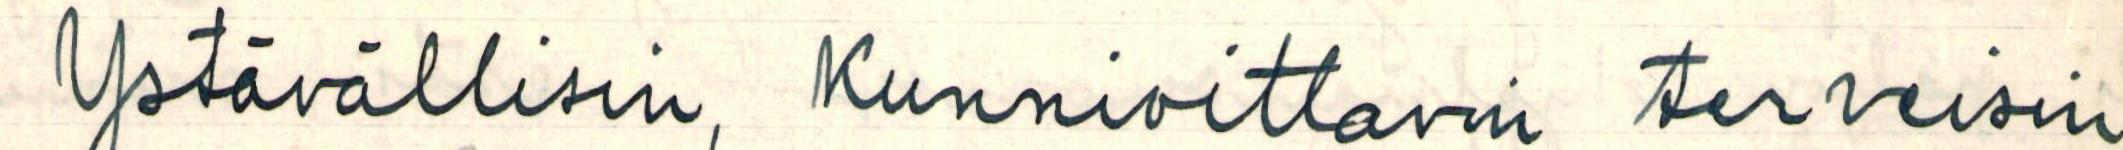
Ystävällisin, Kunnioittavin terveisin